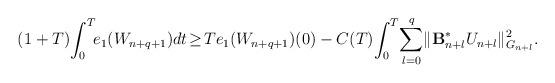
LaTeX: \begin{align*} (1+T) \! \int_0^T \! \! e_1(W_{n+q+1}) dt \! \ge \! Te_1(W_{n+q+1})(0) - C(T) \! \int_0^T \! \sum_{l=0}^{q} \! \| \mathcal{\mathbf{B}}_{n+l}^{\ast}U_{n+l}\|_{G_{n+l}}^2 . \end{align*}